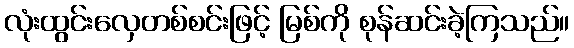
လုံးထွင်းလှေတစ်စင်းဖြင့် မြစ်ကို စုန်ဆင်းခဲ့ကြသည်။